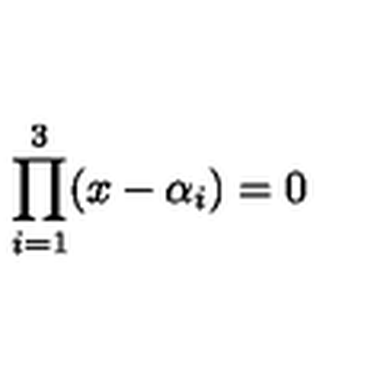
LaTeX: \prod _ { i = 1 } ^ { 3 } ( x - \alpha _ { i } ) = 0